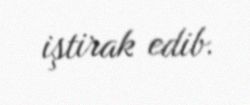
iştirak edib.